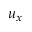
u _ { x }